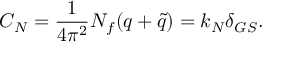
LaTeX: C _ { N } = { \frac { 1 } { 4 \pi ^ { 2 } } } N _ { f } ( q + { \tilde { q } } ) = k _ { N } \delta _ { G S } .